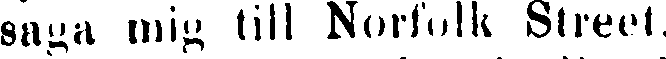
saga mig till Norfolk Street.